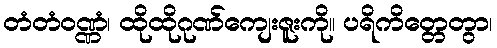
တံတံဝဏ္ဏံ၊ ထိုထိုဂုဏ်ကျေးဇူးကို။ ပရိကိတ္တေတွာ၊